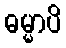
ဓမ္မာပိ